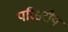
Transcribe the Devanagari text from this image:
परिसरीय